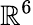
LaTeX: \mathbb{R}^{6}